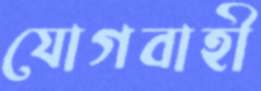
যোগবাহী